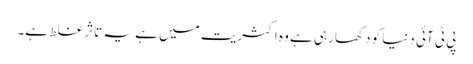
پی ٹی آئی دنیا کو دکھا رہی ہے وہ اکثریت میں ہے یہ تاثر غلط ہے۔